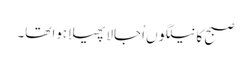
صبح کا نیلگوں اُجالا پھیلا ہوا تھا۔